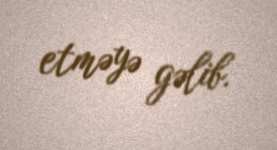
etməyə gəlib.